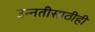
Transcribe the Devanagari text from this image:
उन्नतीसाठीही